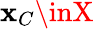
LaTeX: \mathbf{x}_{C}\inX